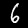
Label: 6